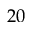
2 0